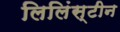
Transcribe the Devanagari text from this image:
लिलिंस्टीन